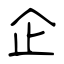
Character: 企